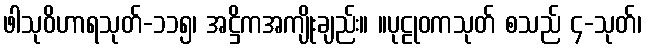
ဖါသုဝိဟာရသုတ်-၁၁၅၊ အဋ္ဌိကအကျိုးချည်း။ ။ပုဠုဝကသုတ် စသည် ၄-သုတ်၊